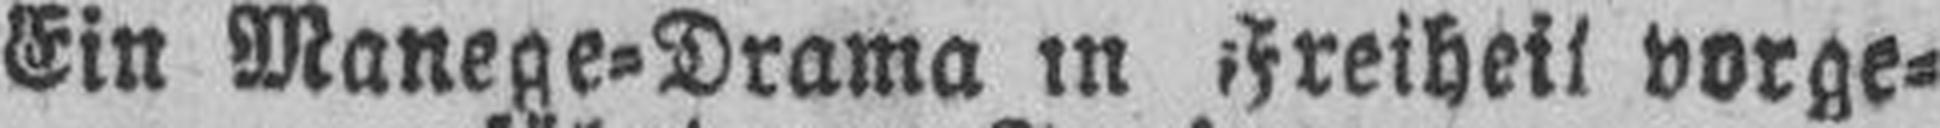
Ein Manege=Drama in Freiheil vorge¬